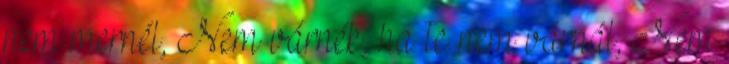
nem mernél, Nem várnék, ha te nem várnál, Nem